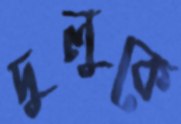
দুলুকে